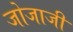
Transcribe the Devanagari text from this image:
जोजाजी